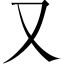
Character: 又